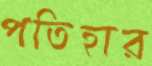
পতিহার